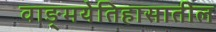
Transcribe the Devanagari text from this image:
वाङ्‌मयेतिहासातील